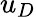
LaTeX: u_{D}